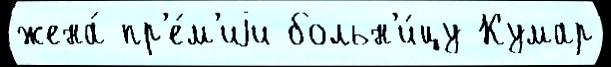
жена́ пр'е́м'иjи больн'и́цу Кумар